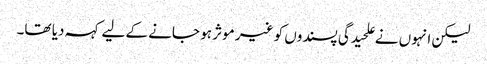
لیکن انہوں نے علحیدگی پسندوں کو غیر موثر ہو جانے کے لیے کہہ دیا تھا۔